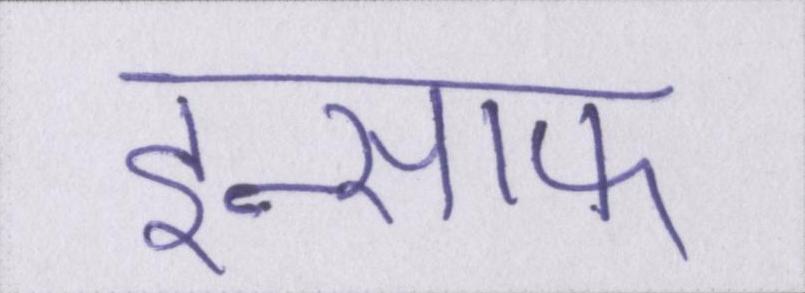
इन्साफ